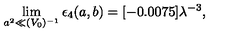
\lim _ { a ^ { 2 } \ll ( V _ { 0 } ) ^ { - 1 } } \epsilon _ { 4 } ( a , b ) = [ - 0 . 0 0 7 5 ] \lambda ^ { - 3 } ,